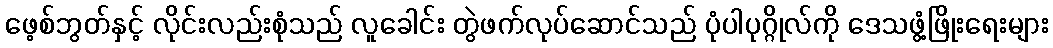
ဖေ့စ်ဘွတ်နှင့် လိုင်းလည်းစုံသည် လူခေါင်း တွဲဖက်လုပ်ဆောင်သည် ပုံပါပုဂ္ဂိုလ်ကို ဒေသဖွံ့ဖြိုးရေးများ